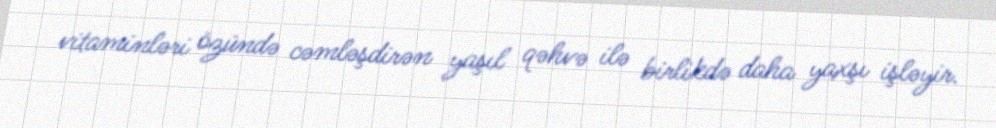
vitaminləri özündə cəmləşdirən yaşıl qəhvə ilə birlikdə daha yaxşı işləyir.